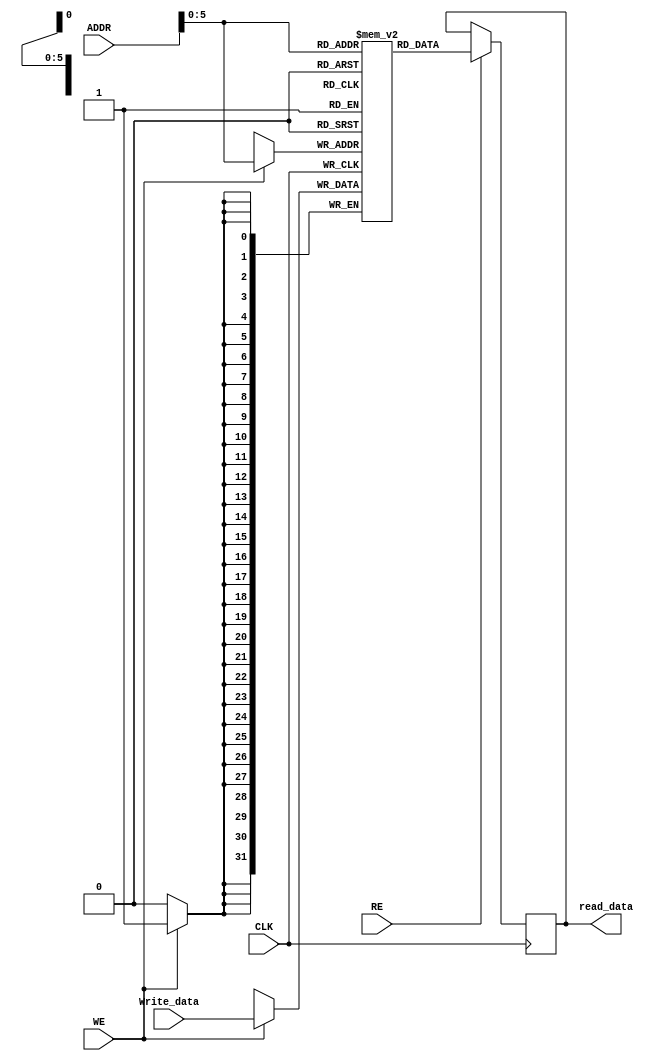
module Memory (CLK, ADDR, Write_data, WE, RE, read_data);
  input CLK, WE, RE;
  input [31:0] ADDR;
  input [31:0] Write_data;
  output [31:0] read_data;
  reg [31:0] out;
  reg [31:0] mem[63:0];
  always @(posedge CLK) begin 
    if (WE) mem[ADDR] <= Write_data;
	 if (RE) out <= mem[ADDR];
	end
	assign read_data = out;
endmodule